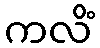
ကလိံ